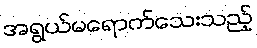
အရွယ်မရောက်သေးသည့်